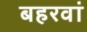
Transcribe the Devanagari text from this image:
बहरवां